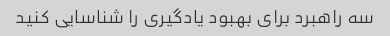
سه راهبرد برای بهبود یادگیری را شناسایی کنید